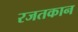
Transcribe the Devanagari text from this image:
रजतकान